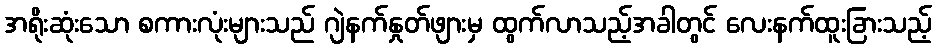
အရိုးဆုံးသော စကားလုံးများသည် ဂျဲနက်နှုတ်ဖျားမှ ထွက်လာသည့်အခါတွင် လေးနက်ထူးခြားသည့်